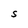
Character: S